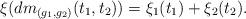
LaTeX: \begin{align*} \xi(dm_{(g_1,g_2)}(t_1,t_2)) = \xi_1(t_1) + \xi_2(t_2).\end{align*}